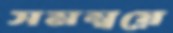
সমম্বয়ে